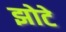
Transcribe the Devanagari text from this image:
झोटे